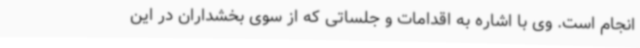
انجام است. وی با اشاره به اقدامات و جلساتی که از سوی بخشداران در این